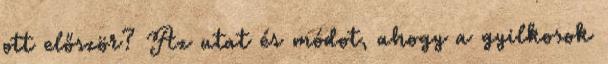
ott először? Az utat és módot, ahogy a gyilkosok